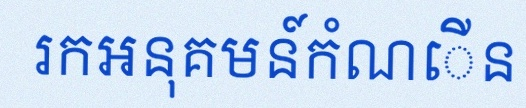
រកអនុគមន៍កំណើន